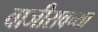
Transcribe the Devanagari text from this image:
बाजीरावच्या